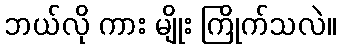
ဘယ်လို ကား မျိုး ကြိုက်သလဲ။